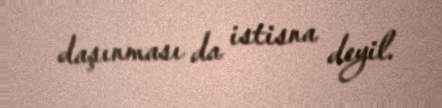
daşınması da istisna deyil.